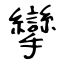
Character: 攣